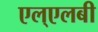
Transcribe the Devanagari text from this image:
एल्‌एलबी